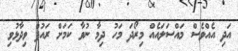
އަދި އެއްވެސް މައްސަލައެއް މިރޯދަ މަހު ދިމާ ނުވާ ކަމަށް ރައުފް ވިދާޅުވި